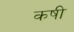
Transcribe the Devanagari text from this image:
कषी